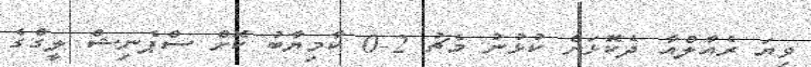
ވިޔަ ރެއާލްއާ ދެކޮޅަށް ކުޅުނު މެޗު 2-0 ކާމިޔާބު ކޮށް ސްޕެނިޝް ލީގްގެ